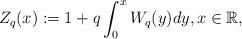
LaTeX: \begin{align*}Z_{q}(x):=1+q\int_0^x W_{q}(y)dy,x\in\mathbb{R},\end{align*}